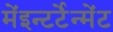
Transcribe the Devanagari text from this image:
मेंइन्टर्टेन्मेंट